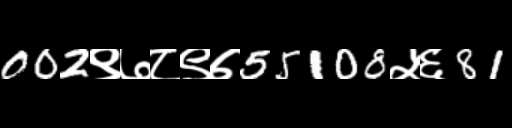
Text: 002९७८९७55108५६81